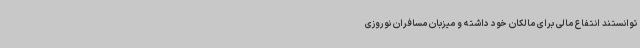
توانستند انتفاع مالی برای مالکان خود داشته و میزبان مسافران نوروزی